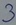
Text: 3